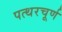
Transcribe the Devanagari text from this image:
पत्थरचूर्ण